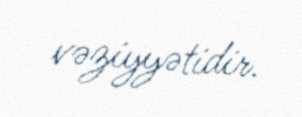
vəziyyətidir.